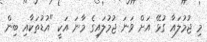
މި ޖުމުލައާ ގުޅޭ އަށް ވަނަ ޖުމުލައިގެ މާނަ އަކީ "އުޑުތަކާއި ބިން